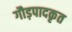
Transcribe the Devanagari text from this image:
गौड़पादकृत